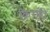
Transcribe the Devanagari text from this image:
किरणें।